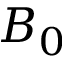
B _ { 0 }